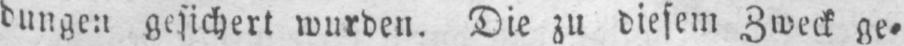
dungen gesichert wurden. Die zu diesem Zweck ge⸗